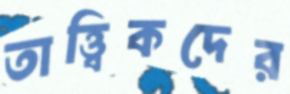
তাত্ত্বিকদের